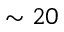
\sim 2 0